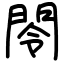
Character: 閝